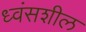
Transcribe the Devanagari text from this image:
ध्वंसशील